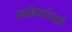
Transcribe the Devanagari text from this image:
स्वनिर्णायकों